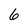
Character: 6